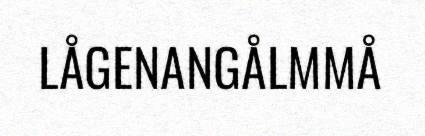
LÅGENANGÅLMMÅ